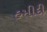
હમીદી